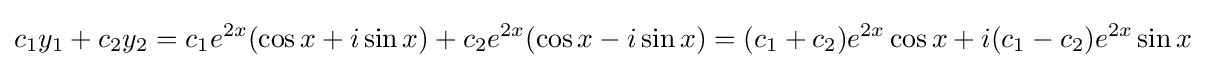
c_{1}y_{1}+c_{2}y_{2}=c_{1}e^{2x}(\cos x+i\sin x)+c_{2}e^{2x}(\cos x-i\sin x)=(c_{1}+c_{2})e^{2x}\cos x+i(c_{1}-c_{2})e^{2x}\sin x